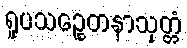
ရူပသဉ္စေတနာသုတ္တံ